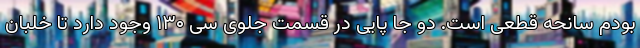
بودم سانحه قطعی است. دو جا پایی در قسمت جلوی سی ۱۳۰ وجود دارد تا خلبان